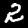
Label: 2